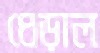
ধেড়াল